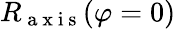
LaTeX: R_{\mathrm{~a~x~i~s~}}(\varphi=0)